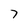
Character: 7